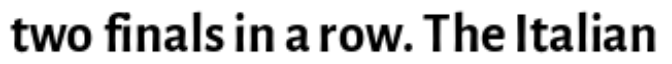
two finals in a row. The Italian